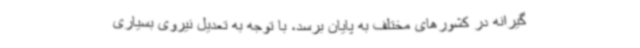
گیرانه در کشورهای مختلف به پایان برسد، با توجه به تعدیل نیروی بسیاری